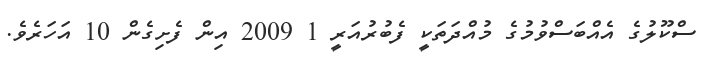
ސްކޫލުގެ އެއްބަސްވުމުގެ މުއްދަތަކީ ފެބުރުއަރީ 1 2009 އިން ފެށިގެން 10 އަހަރެވެ.